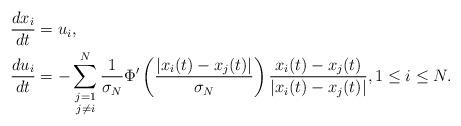
LaTeX: \begin{align*} \frac{d x_i}{dt} &= u_i, \\ \frac{du_i}{dt} &= - \sum_{\substack{j=1\\ j\neq i}}^{N} \frac{1}{\sigma_N} \Phi' \left( \frac{|x_i(t) - x_j(t)|}{\sigma_N} \right) \frac{x_i(t) - x_j(t)} {|x_i(t) - x_j(t)|}, 1 \leq i \leq N.\end{align*}